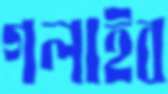
গলাইব